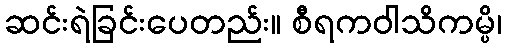
ဆင်းရဲခြင်းပေတည်း။ စီရကဝါသိကမ္ပိ၊